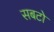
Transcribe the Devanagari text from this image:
सबटो